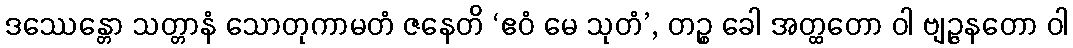
ဒဿေန္တော သတ္တာနံ သောတုကာမတံ ဇနေတိ ‘ဧဝံ မေ သုတံ’, တဉ္စ ခေါ အတ္ထတော ဝါ ဗျဉ္ဇနတော ဝါ